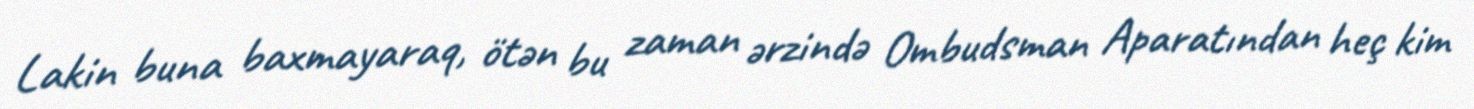
Lakin buna baxmayaraq, ötən bu zaman ərzində Ombudsman Aparatından heç kim